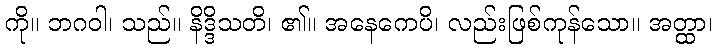
ကို။ ဘဂဝါ၊ သည်။ နိဒ္ဒိသတိ၊ ၏။ အနေကေပိ၊ လည်းဖြစ်ကုန်သော။ အတ္ထာ၊